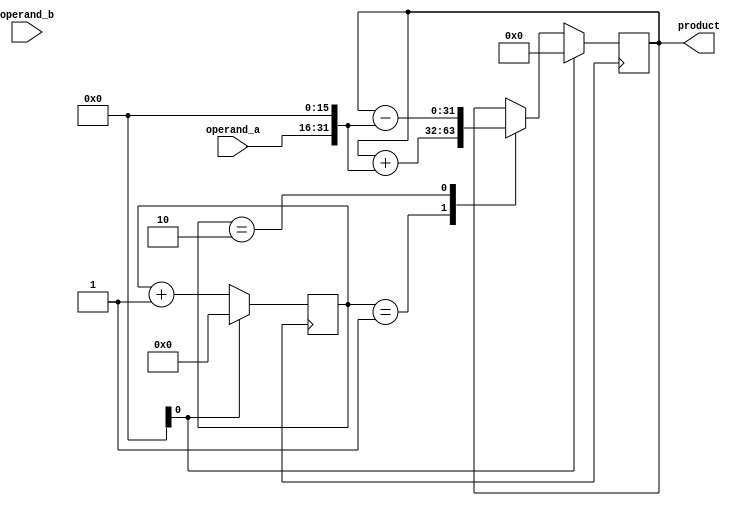
module booth_multiplier (
  input wire [15:0] operand_a,
  input wire [15:0] operand_b,
  output reg [31:0] product
);

  reg [31:0] accumulator;
  reg [3:0] count;
  
  always @ (posedge clk) begin
    if (reset) begin
      accumulator <= 32'd0;
      count <= 4'd0;
    end else begin
      case(count)
        0: accumulator <= accumulator;
        1: accumulator <= accumulator + {operand_a, 16'd0};
        2: accumulator <= accumulator - {operand_a, 16'd0};
        3: accumulator <= accumulator;
        4: accumulator <= accumulator;
        default: accumulator <= accumulator;
      endcase
      
      count <= count + 1;
    end
  end

  assign product = accumulator;
  
endmodule